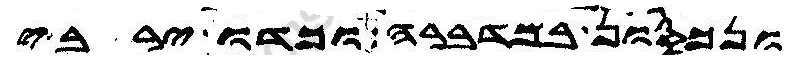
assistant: ונכסון במדברה וכדו ירבי